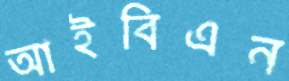
আইবিএন